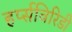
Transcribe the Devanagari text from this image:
हर्प्सविरिडी